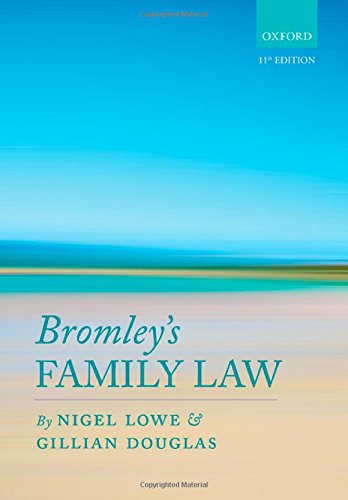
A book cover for Bromley's Family Law; Nigel Lowe; Law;